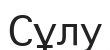
Сұлу